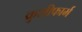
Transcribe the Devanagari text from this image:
क्रुसीफार्म